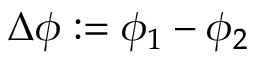
\Delta \phi : = \phi _ { 1 } - \phi _ { 2 }